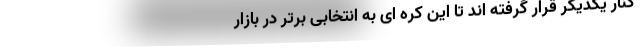
کنار یکدیگر قرار گرفته اند تا این کره ای به انتخابی برتر در بازار